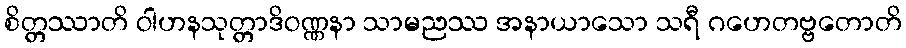
စိတ္တဿာတိ ဝါဟနသုတ္တာဒိဝဏ္ဏနာ သာမညဿ အနာယာသော သရီ ဂဟေတဗ္ဗတောတိ